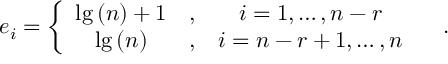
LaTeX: e _ { i } = \left\{ \begin{array} { c c c } { { \lg \left( n \right) + 1 } } & { { , } } & { { i = 1 , \ldots , n - r } } \\ { { \lg \left( n \right) } } & { { , } } & { { i = n - r + 1 , \ldots , n } } \end{array} \right. \quad .